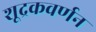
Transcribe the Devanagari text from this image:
शूद्रकवर्णन